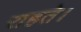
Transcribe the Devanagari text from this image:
राहते।